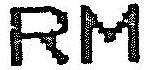
RM